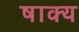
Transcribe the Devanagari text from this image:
षाक्य